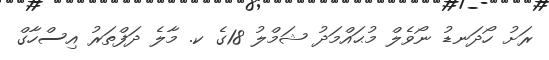
ރަށު ހޯދަނޑު ނޯވެލް މުޙައްމަދު ޝަމްލު 18ގެ ކ. މާލެ ދަފްތަރު އިސްހާގް